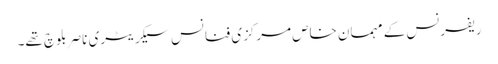
ریفرنس کے مہمان خاص مرکزی فنانس سیکریٹری ناصر بلوچ تھے۔